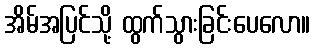
အိမ်အပြင်သို့ ထွက်သွားခြင်းပေလော။